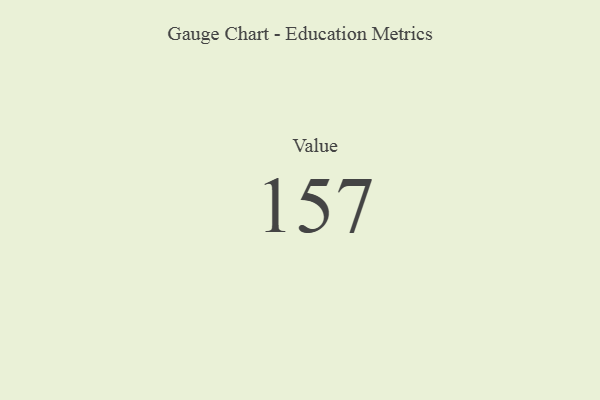
{"axis": {"x": "Metric", "y": "Value"}, "legend": [""], "data": [{"x": "Value", "y": 157, "type": ""}]}